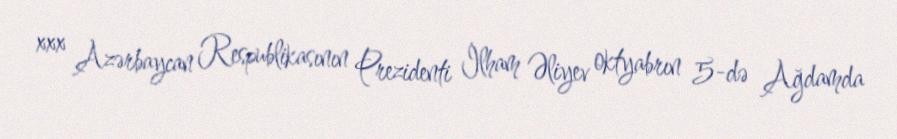
xxx Azərbaycan Respublikasının Prezidenti İlham Əliyev oktyabrın 5-də Ağdamda